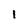
Character: 1